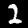
Label: 2